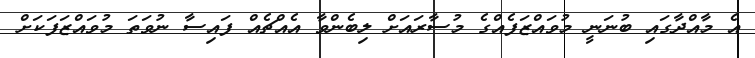
އެ މާއްދާގައި ބުނަނީ މުވައްޒަފެއްގެ މުސާރައަށް ލިބެންވާ އެއްޗެއް ފައިސާ ނުވަތަ މުވައްޒަފަކަށް